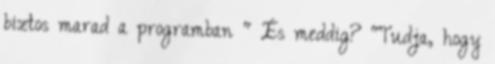
biztos marad a programban " És meddig? "Tudja, hogy